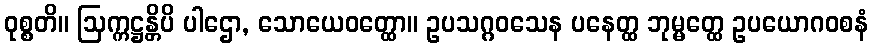
ဝုစ္စတိ။ ဩက္ကဋ္ဌန္တိပိ ပါဌော, သောယေဝတ္ထော။ ဥပသဂ္ဂဝသေန ပနေတ္ထ ဘုမ္မတ္ထေ ဥပယောဂဝစနံ